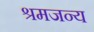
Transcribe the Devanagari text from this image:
श्रमजन्य